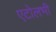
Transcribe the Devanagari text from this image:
एटोलभी